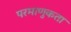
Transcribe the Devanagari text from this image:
परमाणुकता